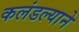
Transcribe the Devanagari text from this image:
कलंडल्याने